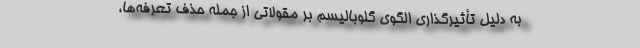
به دلیل تأثیرگذاری الگوی گلوبالیسم بر مقولاتی از جمله حذف تعرفه‌ها،